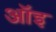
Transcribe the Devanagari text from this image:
ऑइ